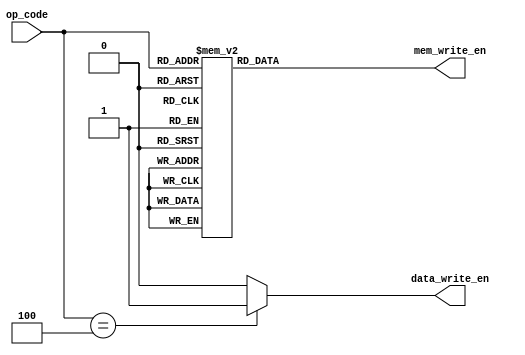
module controller(input [3:0] op_code,output reg mem_write_en,data_write_en);
always @(*) 
case(op_code)  
      4'b1000: mem_write_en=1;
      4'b1001: mem_write_en=1;
      4'b1010: mem_write_en=1;
      4'b1011: mem_write_en=1;
      4'b1100: mem_write_en=1;
      4'b1101: mem_write_en=1;
      4'b0001: mem_write_en=1;
      4'b0010: mem_write_en=1;
      4'b0011: mem_write_en=1;
      default:mem_write_en=0; 
endcase
always @(*) 
case(op_code)  
      4'b0100: data_write_en=1;
      default:data_write_en=0; 
endcase

endmodule